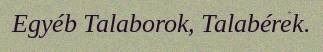
Egyéb Talaborok, Talabérek.